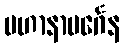
မဟာနာမင်္ဂေန